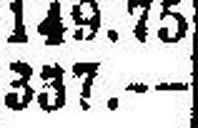
337.—